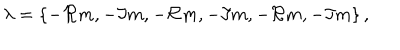
LaTeX: \lambda = \{ - \Re m , - \Im m , - \Re m , - \Im m , - \Re m , - \Im m \} \, ,